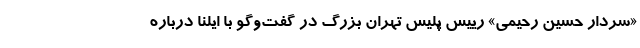
«سردار حسین رحیمی» رییس پلیس تهران بزرگ در گفت‌وگو با ایلنا درباره